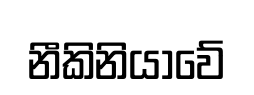
නීකිනියාවේ